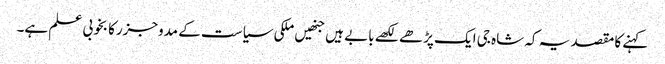
کہنے کا مقصد یہ کہ شاہ جی ایک پڑھے لکھے بابے ہیں جنھیں ملکی سیاست کے مدوجزرکا بخوبی علم ہے۔